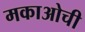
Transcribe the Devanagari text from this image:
मकाओची